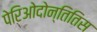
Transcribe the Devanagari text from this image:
पेरिओदोन्तितिस